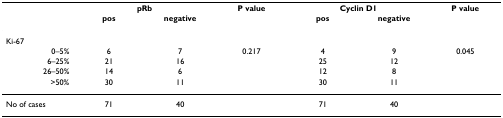
|  | <COLSPAN=2> pRb | P value | <COLSPAN=2> Cyclin D1 | P value |
 |  | pos | negative |  | pos | negative |  |
 | --- | --- | --- | --- | --- | --- | --- |
 | Ki-67 |  |  |  |  |  |  |
 | 0–5% | 6 | 7 | 0.217 | 4 | 9 | 0.045 |
 | 6–25% | 21 | 16 |  | 25 | 12 |  |
 | 26–50% | 14 | 6 |  | 12 | 8 |  |
 | >50% | 30 | 11 |  | 30 | 11 |  |
 | No of cases | 71 | 40 |  | 71 | 40 |  |